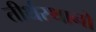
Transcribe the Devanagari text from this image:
तीर्थस्थानो